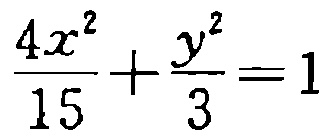
$\frac{4x^{2}}{15}+\frac{y^{2}}{3}=1$